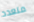
متعدد